Madras plague regulations in force outside the Presidency town - Volume 2
Disease focus: Plague
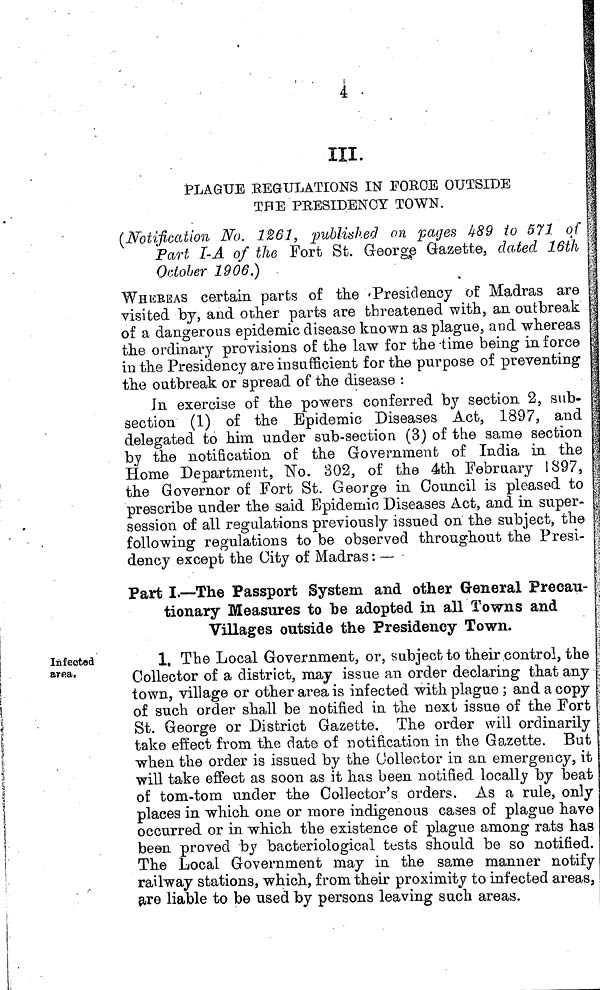
1
.
I
4 •
III.
PLAGUE REGULATIONS IN FORCE OUTSIDE
THE PRESIDENCY TOWN.
(Notification No. 1261, published on pages 489 to 571 of
Part I-A of the Fort St. George Gazette, dated 16th
October 1906.)
WHEKEAS certain parts of the 'Presidency of Madras are
visited by, and other parts are threatened with, an outbreak
of a dangerous epidemic disease known as plague, and whereas
the ordinary provisions of the law for the -time being in force
in the Presidency are insufficient for the purpose of preventing
the outbreak or spread of the disease :
In exercise of the powers conferred lay section 2, sub-
section (1) of the Epidemic Diseases Act, 1897, and
delegated to him under sub-section (3) of the same section
by the notification of the Government of India in the
Home Department, "No. 302, of the 4th February 1897,
the Governor of Fort St. George in Council is pleased to
prescribe under the said Epidemic Diseases Act, and in super-
session of all regulations previously issued on the subject, the
following regulations to be observed throughout the Presi-
dency except the City of Madras : —
Part I.—The Passport System and other General Precau-
tionary Measures to be adopted in all Towns and
Villages outside the Presidency Town.
Infected
area.
1, The Local Government, or, subject to their .control, the
Collector of a district, may issue an order declaring that any
town, village or other area is infected with plague ; and a copy
of such order shall be notified in the next issue of the Fort
St. George or District Gazette. The order will ordinarily
take effect from the date of notification in the Gazette. But
when the order is issued by the Collector in an emergency, it
will take effect as soon as it has been notified locally by beat
of tom-tom under the Collector's orders. As a rule, only
places in which one or more indigenous cases of plague have
occurred or in which the existence of plague among rats has
been proved by bacteriological tests should be so notified.
The Local Government may in the same manner notify
railway stations, which, from their proximity to infected areas,
are liable to be used by persons leaving such areas.